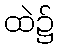
ထဲ၌